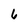
Character: 6